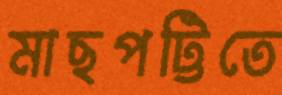
মাছপট্টিতে